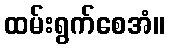
ထမ်းရွက်စေအံ။